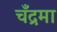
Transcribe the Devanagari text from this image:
चँद्रमा